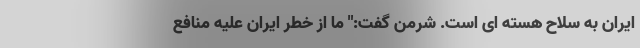
ایران به سلاح هسته ای است. شرمن گفت:" ما از خطر ایران علیه منافع